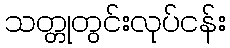
သတ္တုတွင်းလုပ်ငန်း